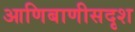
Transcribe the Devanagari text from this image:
आणिबाणीसदृश